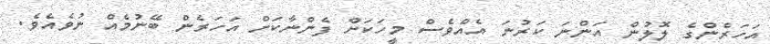
އަހަރެންގެ ލޮލުން އަންނަ ކަރުނަ އެއްވެސް މީހަކަށް ފެންނާކަށް އަހަރެން ބޭނުމެއް ނުވެއެވެ.